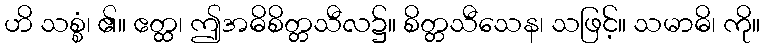
ဟိ သစ္စံ၊ ၏။ ဧတ္ထ၊ ဤအဓိစိတ္တသီလ၌။ စိတ္တသီသေန၊ သဖြင့်။ သမာဓိ၊ ကို။